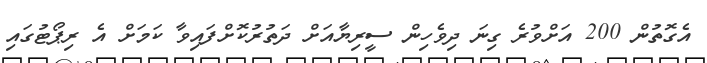
އެގޮތުން 200 އަށްވުރެ ގިނަ ދިވެހިން ސީރިޔާއަށް ދަތުރުކޮށްފައިވާ ކަމަށް އެ ރިޕޯޓުގައި